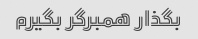
بگذار همبرگر بگیرم